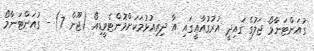
ގުއަންޓަނާމޯ ޖަލުގެ ގައިދީ އުރުގުއާއީގައި އާ ދިރިއުޅުމަކަށްމޮންޓެވީޑިއޯ (ޖޫން 7) - ގުއަންޓަނާމޯ